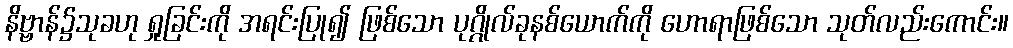
နိဗ္ဗာန်၌သုခဟု ရှုခြင်းကို အရင်းပြု၍ ဖြစ်သော ပုဂ္ဂိုလ်ခုနစ်ယောက်ကို ဟောရာဖြစ်သော သုတ်လည်းကောင်း။